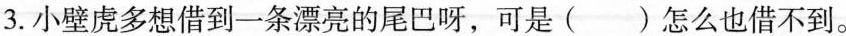
3.小壁虎多想借到一条漂亮的尾巴呀，可是()怎么也借不到。